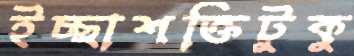
ইচ্ছাশক্তিটুকু